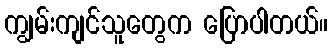
ကျွမ်းကျင်သူတွေက ပြောပါတယ်။